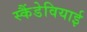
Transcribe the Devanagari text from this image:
स्कैंडेवियाई